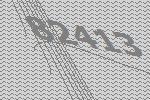
82413